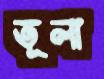
তূলা